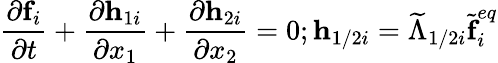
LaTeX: \frac{\partial\textbf{f}_{i}}{\partial t}+\frac{\partial\textbf{h}_{1i}}{\partial x_{1}}+\frac{\partial\textbf{h}_{2i}}{\partial x_{2}}=0;\textbf{h}_{1/2i}=\widetilde{\Lambda}_{1/2i}\widetilde{\textbf{f}}_{i}^{eq}